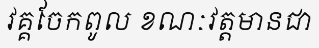
វគ្គចែកពូល ខណៈវត្តមានជា